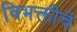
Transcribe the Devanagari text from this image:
विभक्तीचे